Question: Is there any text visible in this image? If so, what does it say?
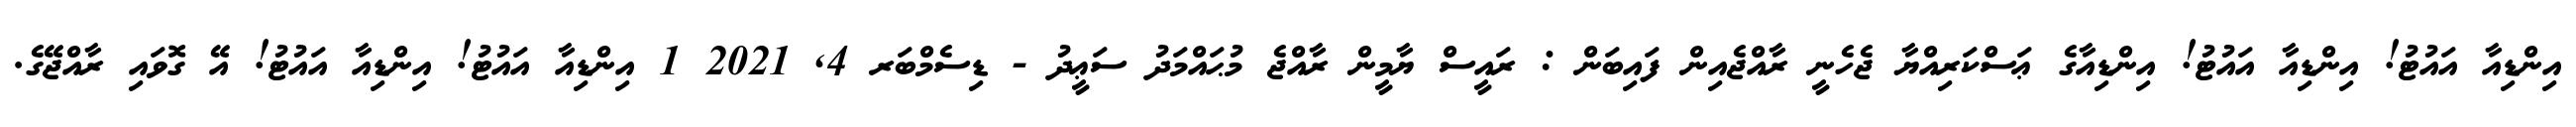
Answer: އިންޑިއާ އައުޓު! އިންޑިއާ އައުޓު! އިންޑިއާގެ ޢަސްކަރިއްޔާ ޖެހެނީ ރާއްޖެއިން ފައިބަން : ރައީސް ޔާމީން ރާއްޖެ މުޙައްމަދު ސަޢީދު - ޑިސެމްބަރ 4, 2021 1 އިންޑިއާ އައުޓު! އިންޑިއާ އައުޓު! އޭ ގޮވައި ރާއްޖޭގެ.